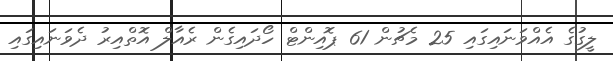
ލީގުގެ އެއްވަނައިގައި 25 މެޗުން 61 ޕޮއިންޓް ހޯދައިގެން ރެއާލް އޮތްއިރު ދެވަނައިގައި